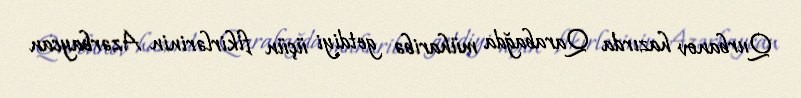
Qurbanov hazırda Qarabağda müharibə getdiyi üçün fikirlərinin Azərbaycan